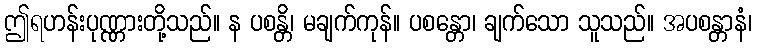
ဤရဟန်းပုဏ္ဏားတို့သည်။ န ပစန္တိ၊ မချက်ကုန်။ ပစန္တော၊ ချက်သော သူသည်။ အပစန္တာနံ၊